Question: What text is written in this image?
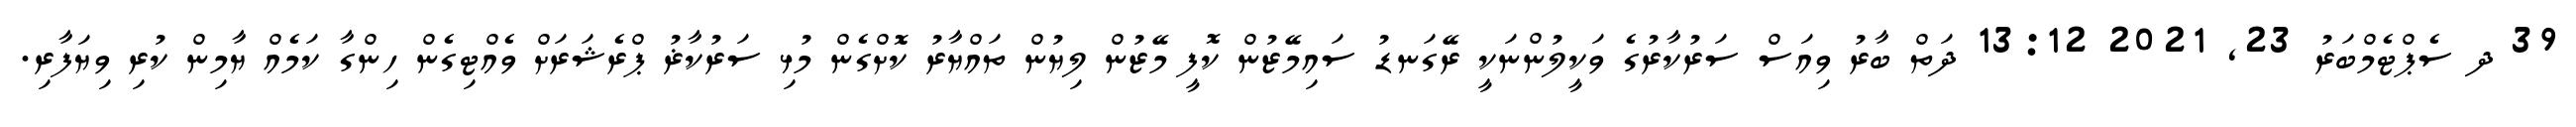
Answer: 39 ދ ސެޕްޓެމްބަރު 23, 2021 13:12 ދަތް ބާރު ވިއަސް ސަރުކާރުގެ ވަކީލުންނަކީ ރޭގަނޑު ސައިމޭޒުން ކޮފީ މޭޒުން ލިޔުން ތައްޔާރު ކޮށްގެން މުޅި ސަރުކާޜު ޕްރެޝަރަށް ވެއްޓިގެން ހިންގާ ކަމެއް ޔާމިން ކުރި ވިޔަފާރި.